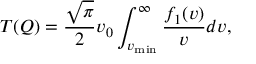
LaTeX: T ( Q ) = \frac { \sqrt { \pi } } { 2 } v _ { 0 } \int _ { v _ { \mathrm { m i n } } } ^ { \infty } { \frac { f _ { 1 } ( v ) } { v } d v } ,